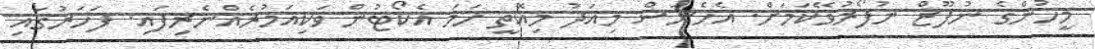
މީހުންގެ ނުފޫޒް ނުފޯރުވޭކަމަށް. އެހެނަސް މިއަދު މިއޮތީ ހަމަ އެކޯޓުން ވަކިއަމުރެއްނެރިފައި. ފަހަރުގައި